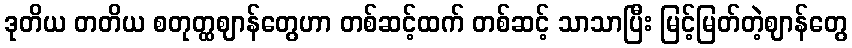
ဒုတိယ တတိယ စတုတ္ထဈာန်တွေဟာ တစ်ဆင့်ထက် တစ်ဆင့် သာသာပြီး မြင့်မြတ်တဲ့ဈာန်တွေ